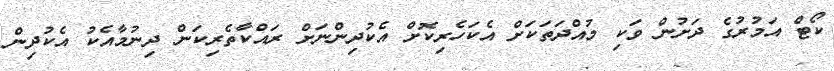
ކޯޓް އަމުރުގެ ދަށުން ވަކި މުއްދަތަކަށް އެކަހެރިކޮށް އެކުދިންނަށް ރައްކާތެރިކަން ދިނުމާއެކު އެކުދިން